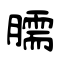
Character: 臑